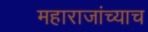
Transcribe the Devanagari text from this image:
महाराजांच्याच